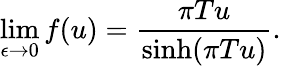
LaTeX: \operatorname*{lim}_{\epsilon\to 0}f(u)={\frac{\pi Tu}{\sinh(\pi Tu)}}.